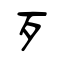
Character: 歹